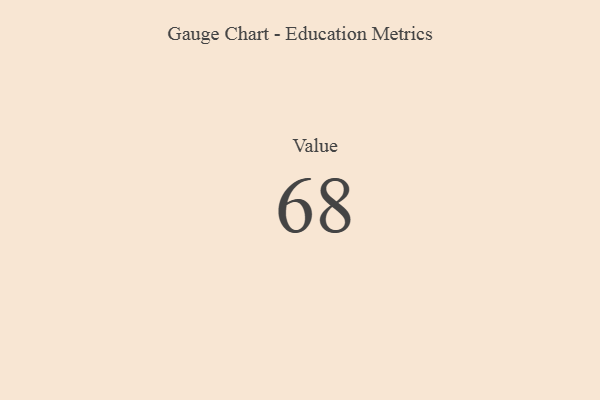
{"axis": {"x": "Metric", "y": "Value"}, "legend": [""], "data": [{"x": "Value", "y": 68, "type": ""}]}